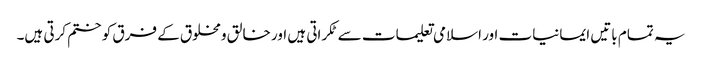
یہ تمام باتیں ایمانیات اور اسلامی تعلیمات سے ٹکراتی ہیں اور خالق ومخلوق کے فرق کو ختم کرتی ہیں۔